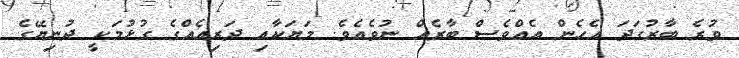
ވުރެ ބާރުގަދަ އެހެން އެއްވެސް ބާރެއް ނުވެއެވެ. މަޔަކާއި ދަރިއެއްގެ ގުޅުމަކީ ދުނިޔޭގެ